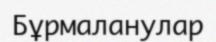
Бұрмаланулар